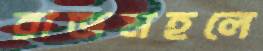
রাজমহলে